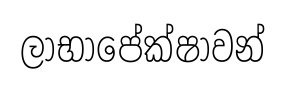
ලාභාපේක්ෂාවන්